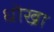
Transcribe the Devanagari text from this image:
धॊखा